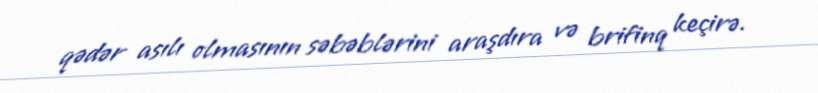
qədər asılı olmasının səbəblərini araşdıra və brifinq keçirə.